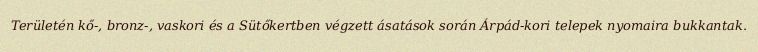
Területén kő-, bronz-, vaskori és a Sütőkertben végzett ásatások során Árpád-kori telepek nyomaira bukkantak.